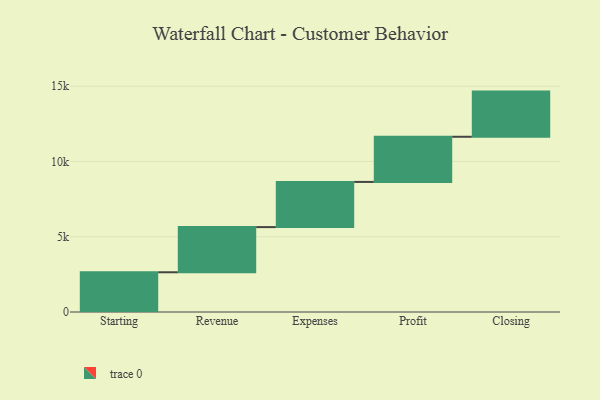
{"axis": {"x": "Step", "y": "Value"}, "legend": [""], "data": [{"x": "Starting", "y": 2639.0, "type": ""}, {"x": "Revenue", "y": 3000, "type": ""}, {"x": "Expenses", "y": 3000, "type": ""}, {"x": "Profit", "y": 3000, "type": ""}, {"x": "Closing", "y": 3000, "type": ""}]}